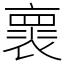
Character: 褱